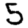
Digit: 5